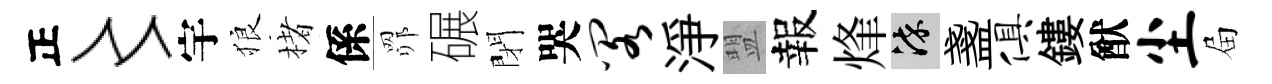
正〻宇狼楮係𦊑碾閉哭阁淨盟報烽染盞俱鏤猷尘屇